Leaving Certificate Examination (including Day School Certificate (Higher) General paper), 1935
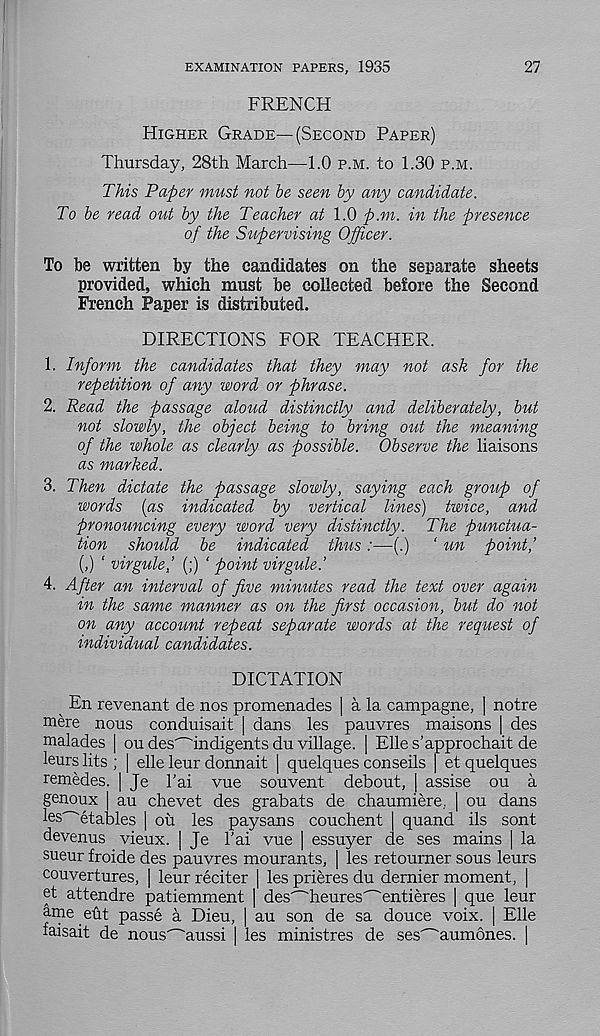
EXAMINATION PAPERS, 1935
27
FRENCH
HIGHER GRADE—(SECOND PAPER)
Thursday, 28th March—1.0 P.M. to 1.30 P.M.
This Paper must not be seen by any candidate.
To be read out by the Teacher at 1.0 p.m. in the presence
of the Supervising Officer.
To he written by the candidates on the separate sheets
provided, which must be collected before the Second
French Paper is distributed.
DIRECTIONS FOR TEACHER.
1. Inform the candidates that they may not ask for the
repetition of any word or phrase.
2. Read the passage aloud distinctly and deliberately, but
not slowly, the object being to bring out the meaning
of the whole as clearly as possible. Observe the liaisons
as marked.
3. Then dictate the passage slowly, saying each group of
words (as indicated by vertical lines) twice, and
pronouncing every word very distinctly. The punctua-
tion should be indicated thus:—(.) ‘ un point,’
(,) ‘ virgulej (;) ‘ point virgule.’
4. After an interval of jive minutes read the text over again
in the same manner as on the first occasion, bid do not
on any account repeat separate words at the request of
individual candidates.
DICTATION
^ En revenant de nos promenades ] a la campagne, ] notre
mere nous conduisait | dans les pauvres maisons | des
malades | ou des^indigents du village. | Elles’approchait de
leurs lits ; | elle leur donnait | quelques conseils | et quelques
remedes. | Je 1’ai vue souvent debout, | assise ou a
genoux au chevet des grabats de chaumiere, | ou dans
les^etables | ou les paysans couchent quand ils sont
devenus vieux. [ Je 1’ai vue | essuyer de ses mains | la
sueur froide des pauvres mourants, | les retourner sous leurs
couvertures, | leur reciter | les prieres du dernier moment, [
et attendre patiemment ) des^'heures' _ 'entieres | que leur
ame eut passe a Dieu, | au son de sa douce voix. | Elle
faisait de nous^aussi [ les ministres de ses^aumones. |